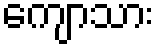
ကျောသား